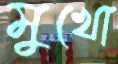
মুখো